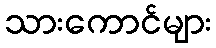
သားကောင်များ